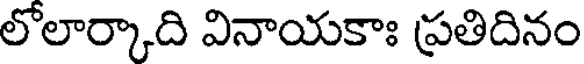
లోలార్కాది వినాయకాః ప్రతిదినం